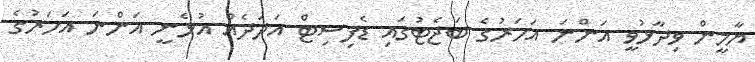
ޔާމީން ވިދާޅުވީ އަންނަ އަހަރުގެ ބަޖެޓުގައި ޑެފިސިޓް އަދަދެއް އުޅެނީ އަންނަ އަހަރުގެ